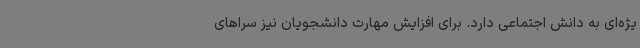
یژه‌ای به دانش اجتماعی دارد. برای افزایش مهارت دانشجویان نیز سراهای